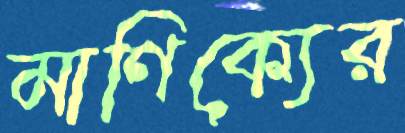
মাণিক্যের